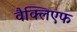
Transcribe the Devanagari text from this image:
वैक्लिएफ